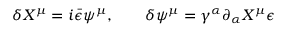
\delta X ^ { \mu } = i \bar { \epsilon } \psi ^ { \mu } , \qquad \delta \psi ^ { \mu } = \gamma ^ { \alpha } \partial _ { \alpha } X ^ { \mu } \epsilon